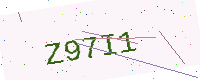
Text: Z97I1